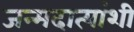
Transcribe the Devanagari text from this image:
जन्मदात्यांशी